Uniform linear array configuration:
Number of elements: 48
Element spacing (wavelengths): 1
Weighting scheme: uniform
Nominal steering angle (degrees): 45
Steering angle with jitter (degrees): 43.865
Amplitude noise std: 0.05
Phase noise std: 0.05

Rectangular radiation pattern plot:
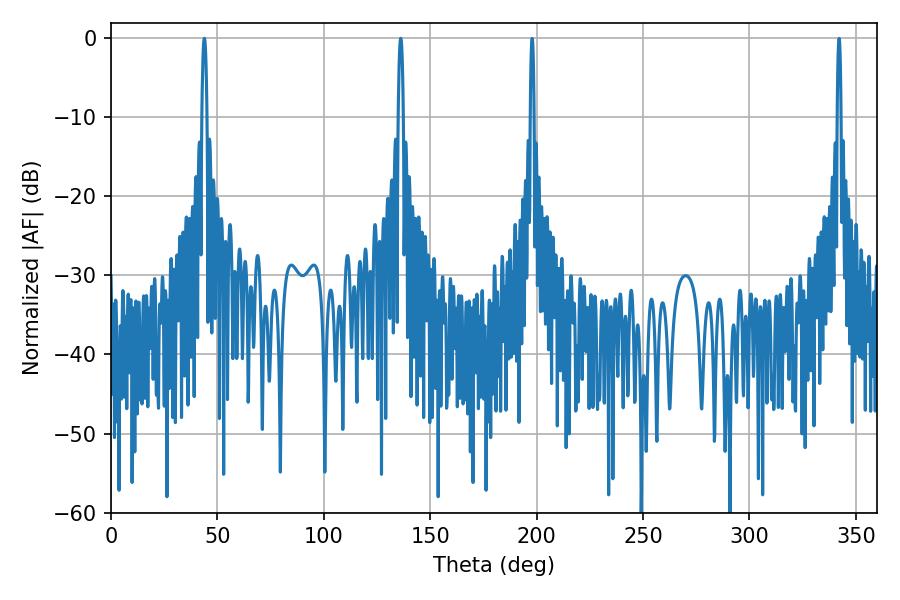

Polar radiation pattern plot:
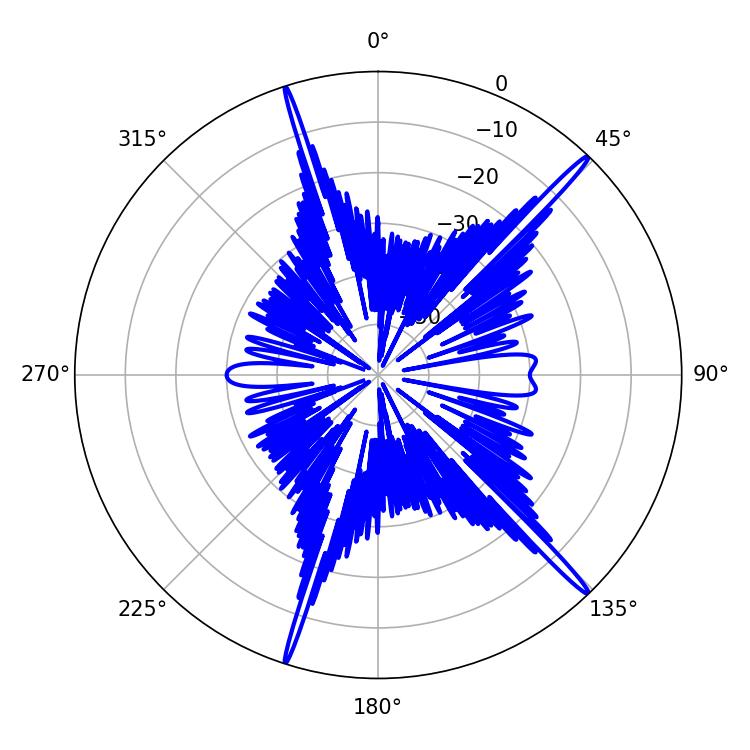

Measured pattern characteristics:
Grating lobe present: TRUE
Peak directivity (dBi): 18.724
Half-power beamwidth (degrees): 1.26
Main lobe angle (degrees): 136.08